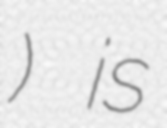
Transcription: দেশ) is